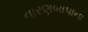
નારણબાપાના